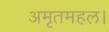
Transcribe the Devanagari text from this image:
अमृतमहल।